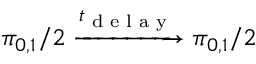
\pi _ { 0 , 1 } / 2 \xrightarrow { t _ { \textrm { d e l a y } } } \pi _ { 0 , 1 } / 2